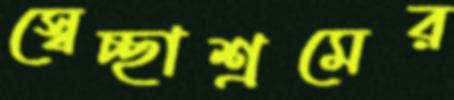
স্বেচ্ছাশ্রমের